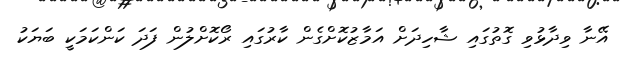
އޭނާ ވިދާޅުވި ގޮތުގައި ޝާހިދަށް އަމާޒުކޮށްގެން ކާރުގައި ރޯކޮށްލުން ފަދަ ކަންކަމަކީ ބަޔަކު